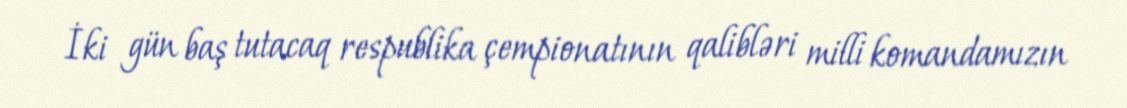
İki gün baş tutacaq respublika çempionatının qalibləri milli komandamızın